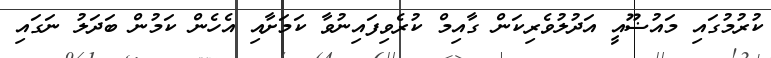
ކުރުމުގައި މައުޟޫއީ އަދުލުވެރިކަން ގާއިމް ކުރެވިފައިނުވާ ކަމަށާއި އެހެން ކަމުން ބަދަލު ނަގައި